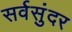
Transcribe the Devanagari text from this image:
सर्वसुंदर